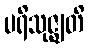
ပရိသုဇ္ဈတိ